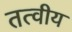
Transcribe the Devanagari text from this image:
तत्‍वीय